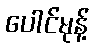
ပေါင်မုန့်